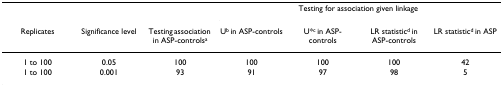
|  |  |  | <COLSPAN=4> Testing for association given linkage |
 | Replicates | Significance level | Testing association in ASP-controlsa | Ub in ASP-controls | U*c in ASP-controls | LR statisticd in ASP-controls | LR statisticd in ASP |
 | --- | --- | --- | --- | --- | --- | --- |
 | 1 to 100 | 0.05 | 100 | 100 | 100 | 100 | 42 |
 | 1 to 100 | 0.001 | 93 | 91 | 97 | 98 | 5 |